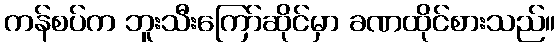
ကန်စပ်က ဘူးသီးကြော်ဆိုင်မှာ ခဏထိုင်စားသည်။